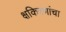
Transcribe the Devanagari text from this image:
क्षकिरणांचा